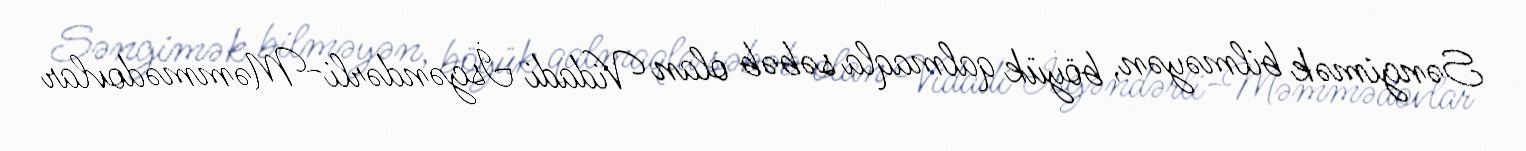
Səngimək bilməyən, böyük qalmaqla səbəb olan Vidadi İsgəndərli-Məmmədovlar